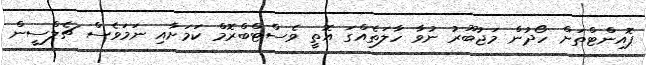
ޕޮއިންޓްތަށް ހޯދުން މަޖުބޫރު ނުވާ ހާލަތެއްގަ އޮތީ ވެސްޓްބްރޮމް ކަމަށާއި ނަމަވެސް ޗެލްސީން